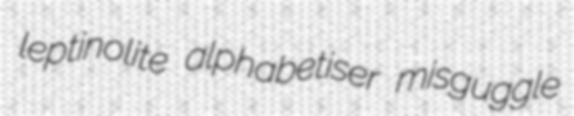
leptinolite alphabetiser misguggle